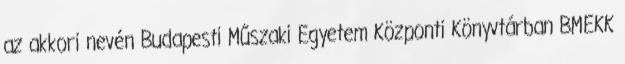
az akkori nevén Budapesti Műszaki Egyetem Központi Könyvtárban BMEKK